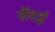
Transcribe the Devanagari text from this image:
सेंदई